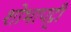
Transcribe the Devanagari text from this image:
शोभापट्टी